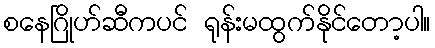
စနေဂြိုဟ်ဆီကပင် ရုန်းမထွက်နိုင်တော့ပါ။